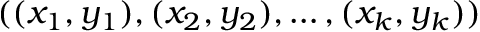
( ( x _ { 1 } , y _ { 1 } ) , ( x _ { 2 } , y _ { 2 } ) , \dots , ( x _ { k } , y _ { k } ) )